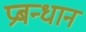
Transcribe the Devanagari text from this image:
प्रबन्धान